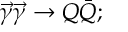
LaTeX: \vec { \gamma } \vec { \gamma } \rightarrow Q \bar { Q } ;